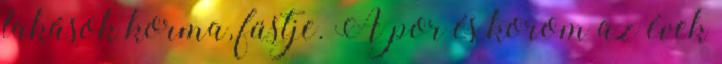
lakások korma, füstje. A por és korom az évek